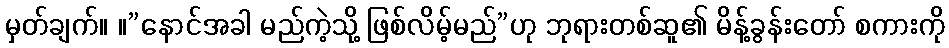
မှတ်ချက်။ ။”နောင်အခါ မည်ကဲ့သို့ ဖြစ်လိမ့်မည်”ဟု ဘုရားတစ်ဆူ၏ မိန့်ခွန်းတော် စကားကို